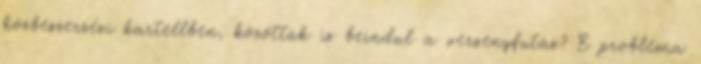
közbeszerzési kartellben, közöttük is beindul a versenyfutás? E probléma